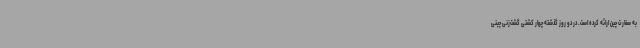
به سفارت چین ارائه کرده است. در دو روز گذشته چهار کشتی گشت‌زنی چینی